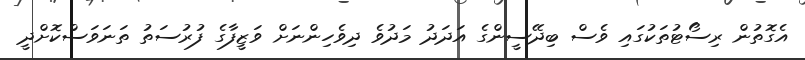
އެގޮތުން ރިސޯޓުތަކުގައި ވެސް ބިދޭސީންގެ އަދަދު މަދުވެ ދިވެހިންނަށް ވަޒީފާގެ ފުރުސަތު ތަނަވަސްކޮށްދީ